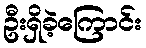
ဦးရှိခဲ့ကြောင်း